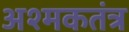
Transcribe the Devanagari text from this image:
अश्मकतंत्र